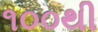
૧૦૦થી